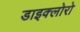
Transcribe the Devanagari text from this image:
डाइक्लोरो